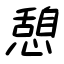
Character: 憩